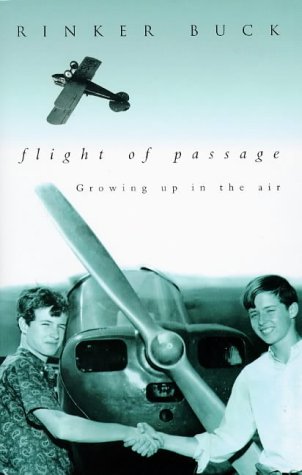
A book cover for Flight of Passage; Rinker Buck; Travel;